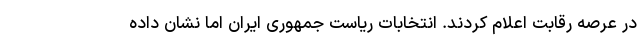
در عرصه رقابت اعلام کردند. انتخابات ریاست جمهوری ایران اما نشان داده